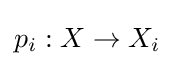
p_{i}:X\to X_{i}